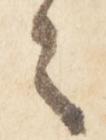
々